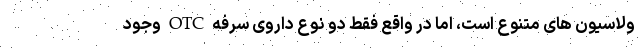
ولاسیون های متنوع است، اما در واقع فقط دو نوع داروی سرفه OTC وجود